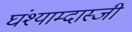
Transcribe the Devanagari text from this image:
घंश्याम्दास्जी